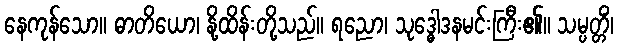
နေကုန်သော။ ဓာတိယော၊ နို့ထိန်းတို့သည်။ ရညော၊ သုဒ္ဓေါဒနမင်းကြီး၏။ သမ္ပတ္တိံ၊